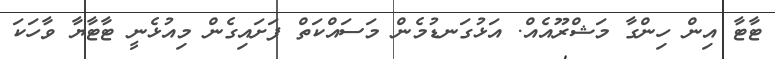
ޓާޓާ އިން ހިންގާ މަޝްރޫއެއް. އަޅުގަނޑުމެން މަސައްކަތް ފަށައިގެން މިއުޅެނީ ޓާޓާޔާ ވާހަކަ